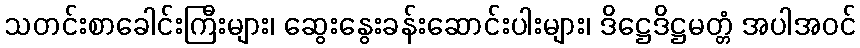
သတင်းစာခေါင်းကြီးများ၊ ဆွေးနွေးခန်းဆောင်းပါးများ၊ ဒိဋ္ဌေဒိဋ္ဌမတ္တံ အပါအဝင်